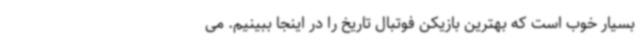
بسیار خوب است که بهترین بازیکن فوتبال تاریخ را در اینجا ببینیم. می